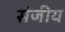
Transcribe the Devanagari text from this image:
संजीय